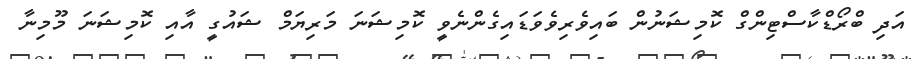
އަދި ބްރޯޑްކާސްޓިންގް ކޮމިޝަނުން ބައިވެރިވެވަޑައިގެންނެވީ ކޮމިޝަނަ މަރިޔަމް ޝައުގީ އާއި ކޮމިޝަނަ މޫމިނާ